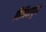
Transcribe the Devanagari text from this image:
विविधापूर्ण